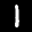
Label: 1